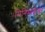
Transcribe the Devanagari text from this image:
मिनिमाईज़र